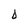
Character: D